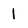
Character: 1